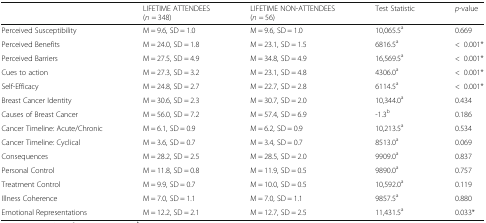
|  | LIFETIME ATTENDEES(n = 348) | LIFETIME NON-ATTENDEES(n = 56) | Test Statistic | p-value |
 | --- | --- | --- | --- | --- |
 | Perceived Susceptibility | M = 9.6, SD = 1.0 | M = 9.6, SD = 1.0 | 10,065.5a | 0.669 |
 | Perceived Benefits | M = 24.0, SD = 1.8 | M = 23.1, SD = 1.5 | 6816.5a | <0.001* |
 | Perceived Barriers | M = 27.5, SD = 4.9 | M = 34.8, SD = 4.9 | 16,569.5a | <0.001* |
 | Cues to action | M = 27.3, SD = 3.2 | M = 23.1, SD = 4.8 | 4306.0a | <0.001* |
 | Self-Efficacy | M = 24.8, SD = 2.7 | M = 22.7, SD = 2.8 | 6114.5a | <0.001* |
 | Breast Cancer Identity | M = 30.6, SD = 2.3 | M = 30.7, SD = 2.0 | 10,344.0a | 0.434 |
 | Causes of Breast Cancer | M = 56.0, SD = 7.2 | M = 57.4, SD = 6.9 | -1.3b | 0.186 |
 | Cancer Timeline: Acute/Chronic | M = 6.1, SD = 0.9 | M = 6.2, SD = 0.9 | 10,213.5a | 0.534 |
 | Cancer Timeline: Cyclical | M = 3.6, SD = 0.7 | M = 3.4, SD = 0.7 | 8513.0a | 0.069 |
 | Consequences | M = 28.2, SD = 2.5 | M = 28.5, SD = 2.0 | 9909.0a | 0.837 |
 | Personal Control | M = 11.8, SD = 0.8 | M = 11.9, SD = 0.5 | 9890.0a | 0.757 |
 | Treatment Control | M = 9.9, SD = 0.7 | M = 10.0, SD = 0.5 | 10,592.0a | 0.119 |
 | Illness Coherence | M = 7.0, SD = 1.1 | M = 7.0, SD = 1.1 | 9857.5a | 0.880 |
 | Emotional Representations | M = 12.2, SD = 2.1 | M = 12.7, SD = 2.5 | 11,431.5a | 0.033* |